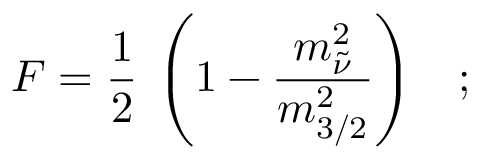
F = \frac { 1 } { 2 } \: \left( 1 - \frac { m _ { \tilde { \nu } } ^ { 2 } } { m _ { 3 / 2 } ^ { 2 } } \right) \; \; \; ;